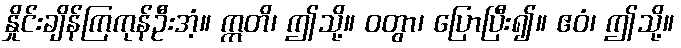
နှိုင်းချိန်ကြကုန်ဦးအံ့။ ဣတိ၊ ဤသို့။ ဝတွာ၊ ပြောပြီး၍။ ဧဝံ၊ ဤသို့။